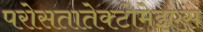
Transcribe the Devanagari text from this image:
परोसतातेक्टोमेइएस